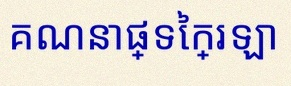
គណនាផ្ទៃក្រឡា